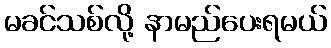
မခင်သစ်လို့ နာမည်ပေးရမယ်